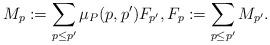
LaTeX: \begin{align*} M_{p}:=\sum_{p\leq p'}\mu_{P}(p,p')F_{p'}, F_p:=\sum_{p\leq p'}M_{p'}.\end{align*}